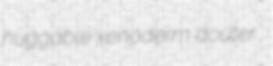
huggable xenoderm douter